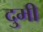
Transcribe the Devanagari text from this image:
दुमी